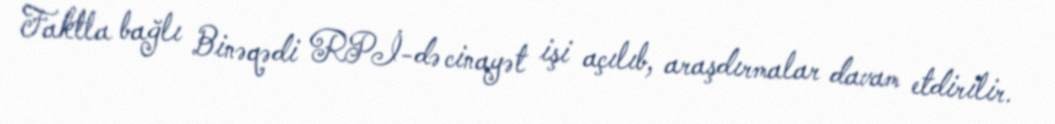
Faktla bağlı Binəqədi RPİ-də cinayət işi açılıb, araşdırmalar davam etdirilir.